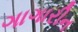
ગાગારીન